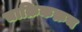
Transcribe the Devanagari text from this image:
चाक्रिकक्रम